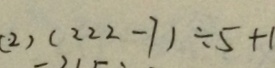
( \cdot 2 ) ( 2 2 2 - 7 ) \div 5 + 1